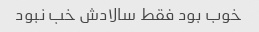
خوب بود فقط سالادش خب نبود